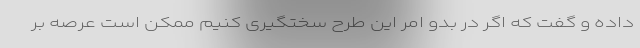
داده و گفت که اگر در بدو امر این طرح سختگیری کنیم ممکن است عرصه بر